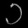
Digit: ၁